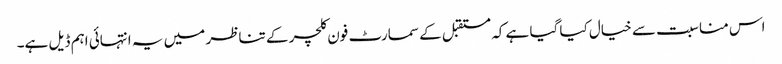
اس مناسبت سے خیال کیا گیا ہے کہ مستقبل کے سمارٹ فون کلچر کے تناظر میں یہ انتہائی اہم ڈیل ہے۔